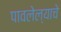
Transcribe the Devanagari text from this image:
पावलेल्याचे